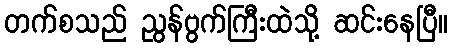
တက်စသည် ညွန်ဗွက်ကြီးထဲသို့ ဆင်းနေပြီ။